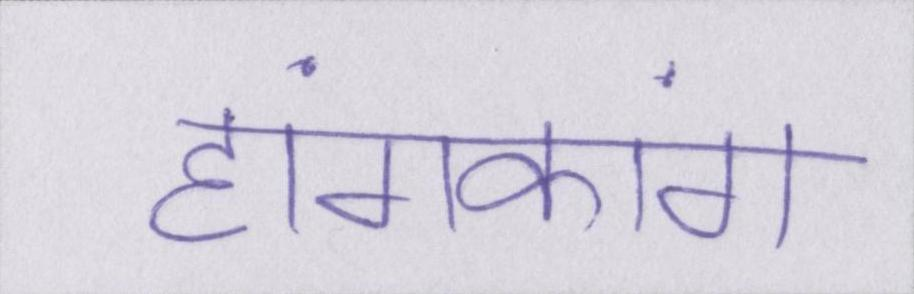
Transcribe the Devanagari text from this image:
हांगकांग